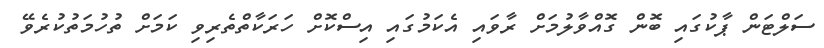
ސަލްޓަން ޕާކުގައި ބޮން ގޮއްވާލުމަށް ރާވައި އެކަމުގައި އިސްކޮށް ހަރަކާތްތެރިވި ކަމަށް ތުހުމަތުކުރެވޭ